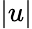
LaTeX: |u|